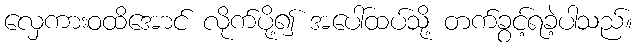
လှေကားဝထိအောင် လိုက်ပို့၍ အပေါ်ထပ်သို့ တက်ခွင့်ရခဲ့ပါသည်။